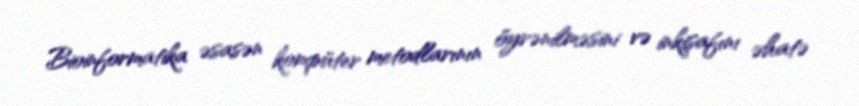
Bioinformatika əsasən kompüter metodlarının öyrənilməsini və inkişafını əhatə